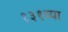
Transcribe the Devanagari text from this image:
१३१व्या